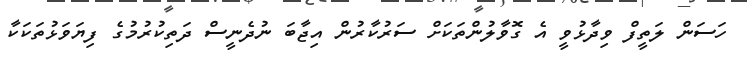
ހަސަން ލަތީފް ވިދާޅުވީ އެ ގޮވާލުންތަކަށް ސަރުކާރުން އިޖާބަ ނުދެނީސް ދަތިކުރުމުގެ ފިޔަވަޅުތަކަކާ